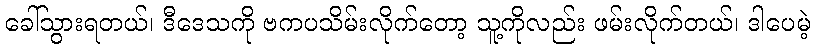
ခေါ်သွားရတယ်၊ ဒီဒေသကို ဗကပသိမ်းလိုက်တော့ သူ့ကိုလည်း ဖမ်းလိုက်တယ်၊ ဒါပေမဲ့